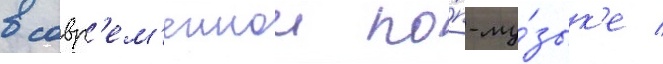
в совр'ем'еннои по́п-му́зык'е /